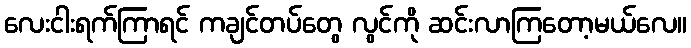
လေးငါးရက်ကြာရင် ကချင်တပ်တွေ လွင်ကို ဆင်းလာကြတော့မယ်လေ။